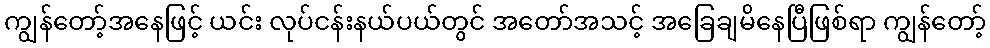
ကျွန်တော့်အနေဖြင့် ယင်း လုပ်ငန်းနယ်ပယ်တွင် အတော်အသင့် အခြေချမိနေပြီဖြစ်ရာ ကျွန်တော့်